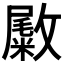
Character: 𪯚